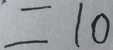
= 1 0